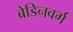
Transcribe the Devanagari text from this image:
ब्रेडिनवर्ग